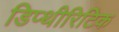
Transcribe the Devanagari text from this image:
डिप्थीरिटिक